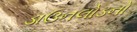
ડાઉનલોડનો